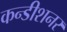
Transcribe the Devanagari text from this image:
कन्डीशनर